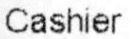
CASHIER